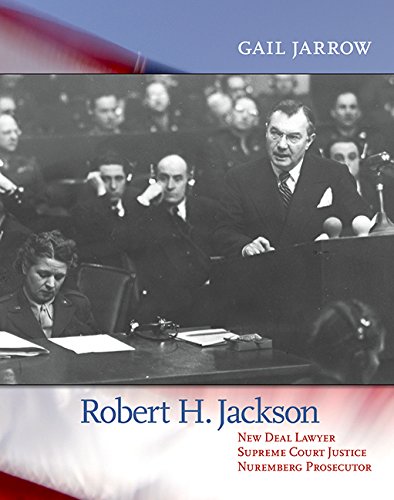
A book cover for Robert H. Jackson: New Deal Lawyer, Supreme Court Justice, Nuremberg Prosecutor; Gail Jarrow; Children's Books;